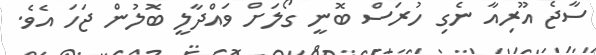
ސާޖެ އޫރިއާ ނެގި ހުރަސް ބޮނީ ގޯލަށް ވައްދާލީ ބޮލުން ޖަހަ އެވެ.